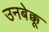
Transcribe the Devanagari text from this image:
उनबेक्कू